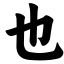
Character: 也